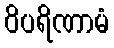
ဝိပရိဏာမံ